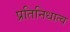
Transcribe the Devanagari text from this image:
प्रतिनिधात्व